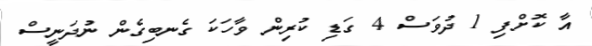
އާ ކޮށްފި 1 ދުވަސް 4 ގަޑި ކުރިން ވާހަކަ ގެނބިގެން ނުދަަަނީސްް